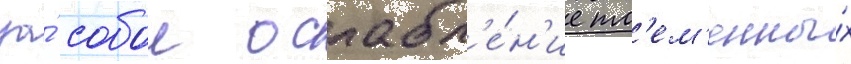
за́ собои ослабл'е́н'ие пл'ем'енны́х